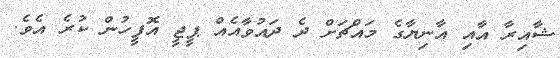
ޝާއިރާ އާއި އާނިޔާގެ މައްޗަށް ދެ ދައުވާއެއް ޕީޖީ އޮފީހުން ކުރެ އެވެ.